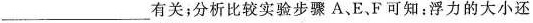
___有关；分析比较实验步骤A、E、F可知：浮力的大小还